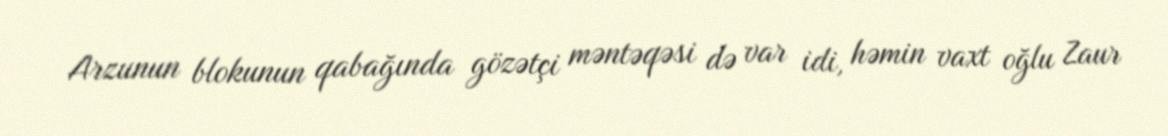
Arzunun blokunun qabağında gözətçi məntəqəsi də var idi, həmin vaxt oğlu Zaur